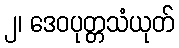
၂၊ ဒေဝပုတ္တသံယုတ်